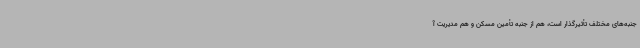
جنبه‌های مختلف تأثیرگذار است، هم از جنبه تأمین مسکن و هم مدیریت آ